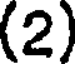
(2)